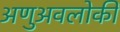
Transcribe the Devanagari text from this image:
अणुअवलोकी